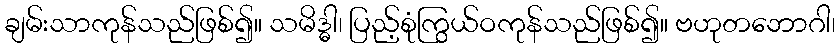
ချမ်းသာကုန်သည်ဖြစ်၍။ သမိဒ္ဓါ၊ ပြည့်စုံကြွယ်ဝကုန်သည်ဖြစ်၍။ ဗဟုတဘောဂါ၊